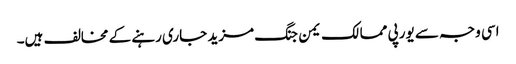
اسی وجہ سے یورپی ممالک یمن جنگ مزید جاری رہنے کے مخالف ہیں۔